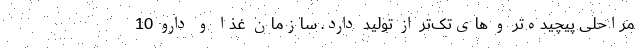
مراحلی پیچیده‌‌تر و های‌تک‌تر از تولید دارد. سازمان غذا و دارو 10